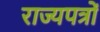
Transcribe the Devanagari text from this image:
राज्यपत्रों